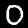
Digit: 0